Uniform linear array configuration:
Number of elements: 16
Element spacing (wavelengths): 0.25
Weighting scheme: uniform
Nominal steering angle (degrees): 45
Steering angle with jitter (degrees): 43.834
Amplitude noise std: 0.05
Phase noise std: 0.05

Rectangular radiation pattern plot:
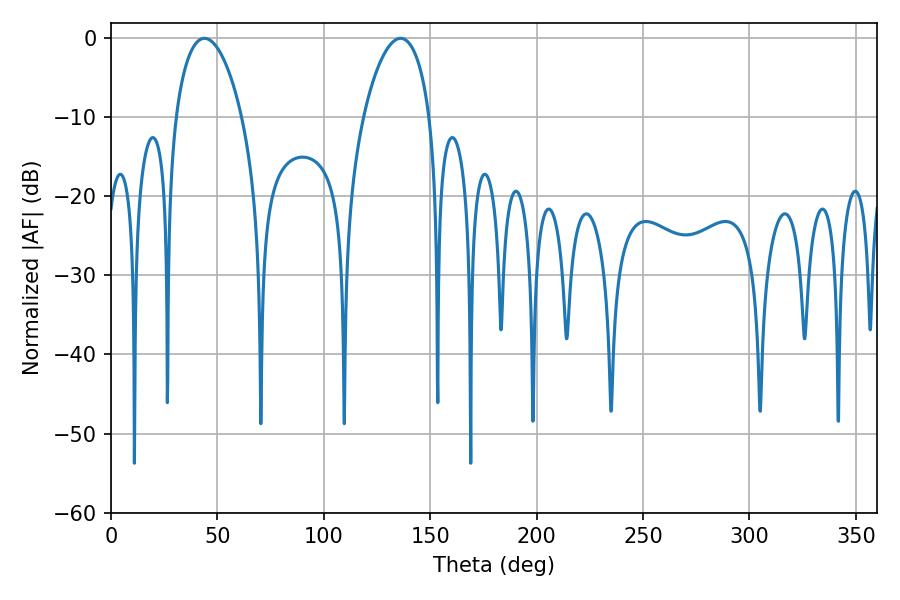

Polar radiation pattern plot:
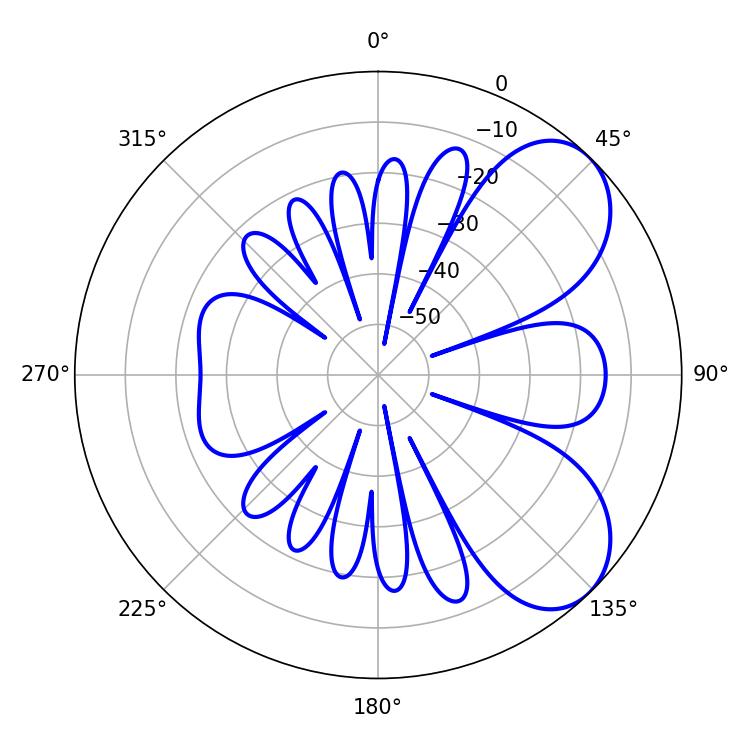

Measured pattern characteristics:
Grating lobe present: FALSE
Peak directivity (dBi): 6.347
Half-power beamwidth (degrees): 17.64
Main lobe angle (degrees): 43.92